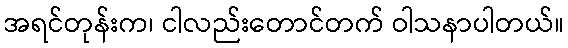
အရင်တုန်းက၊ ငါလည်းတောင်တက် ဝါသနာပါတယ်။